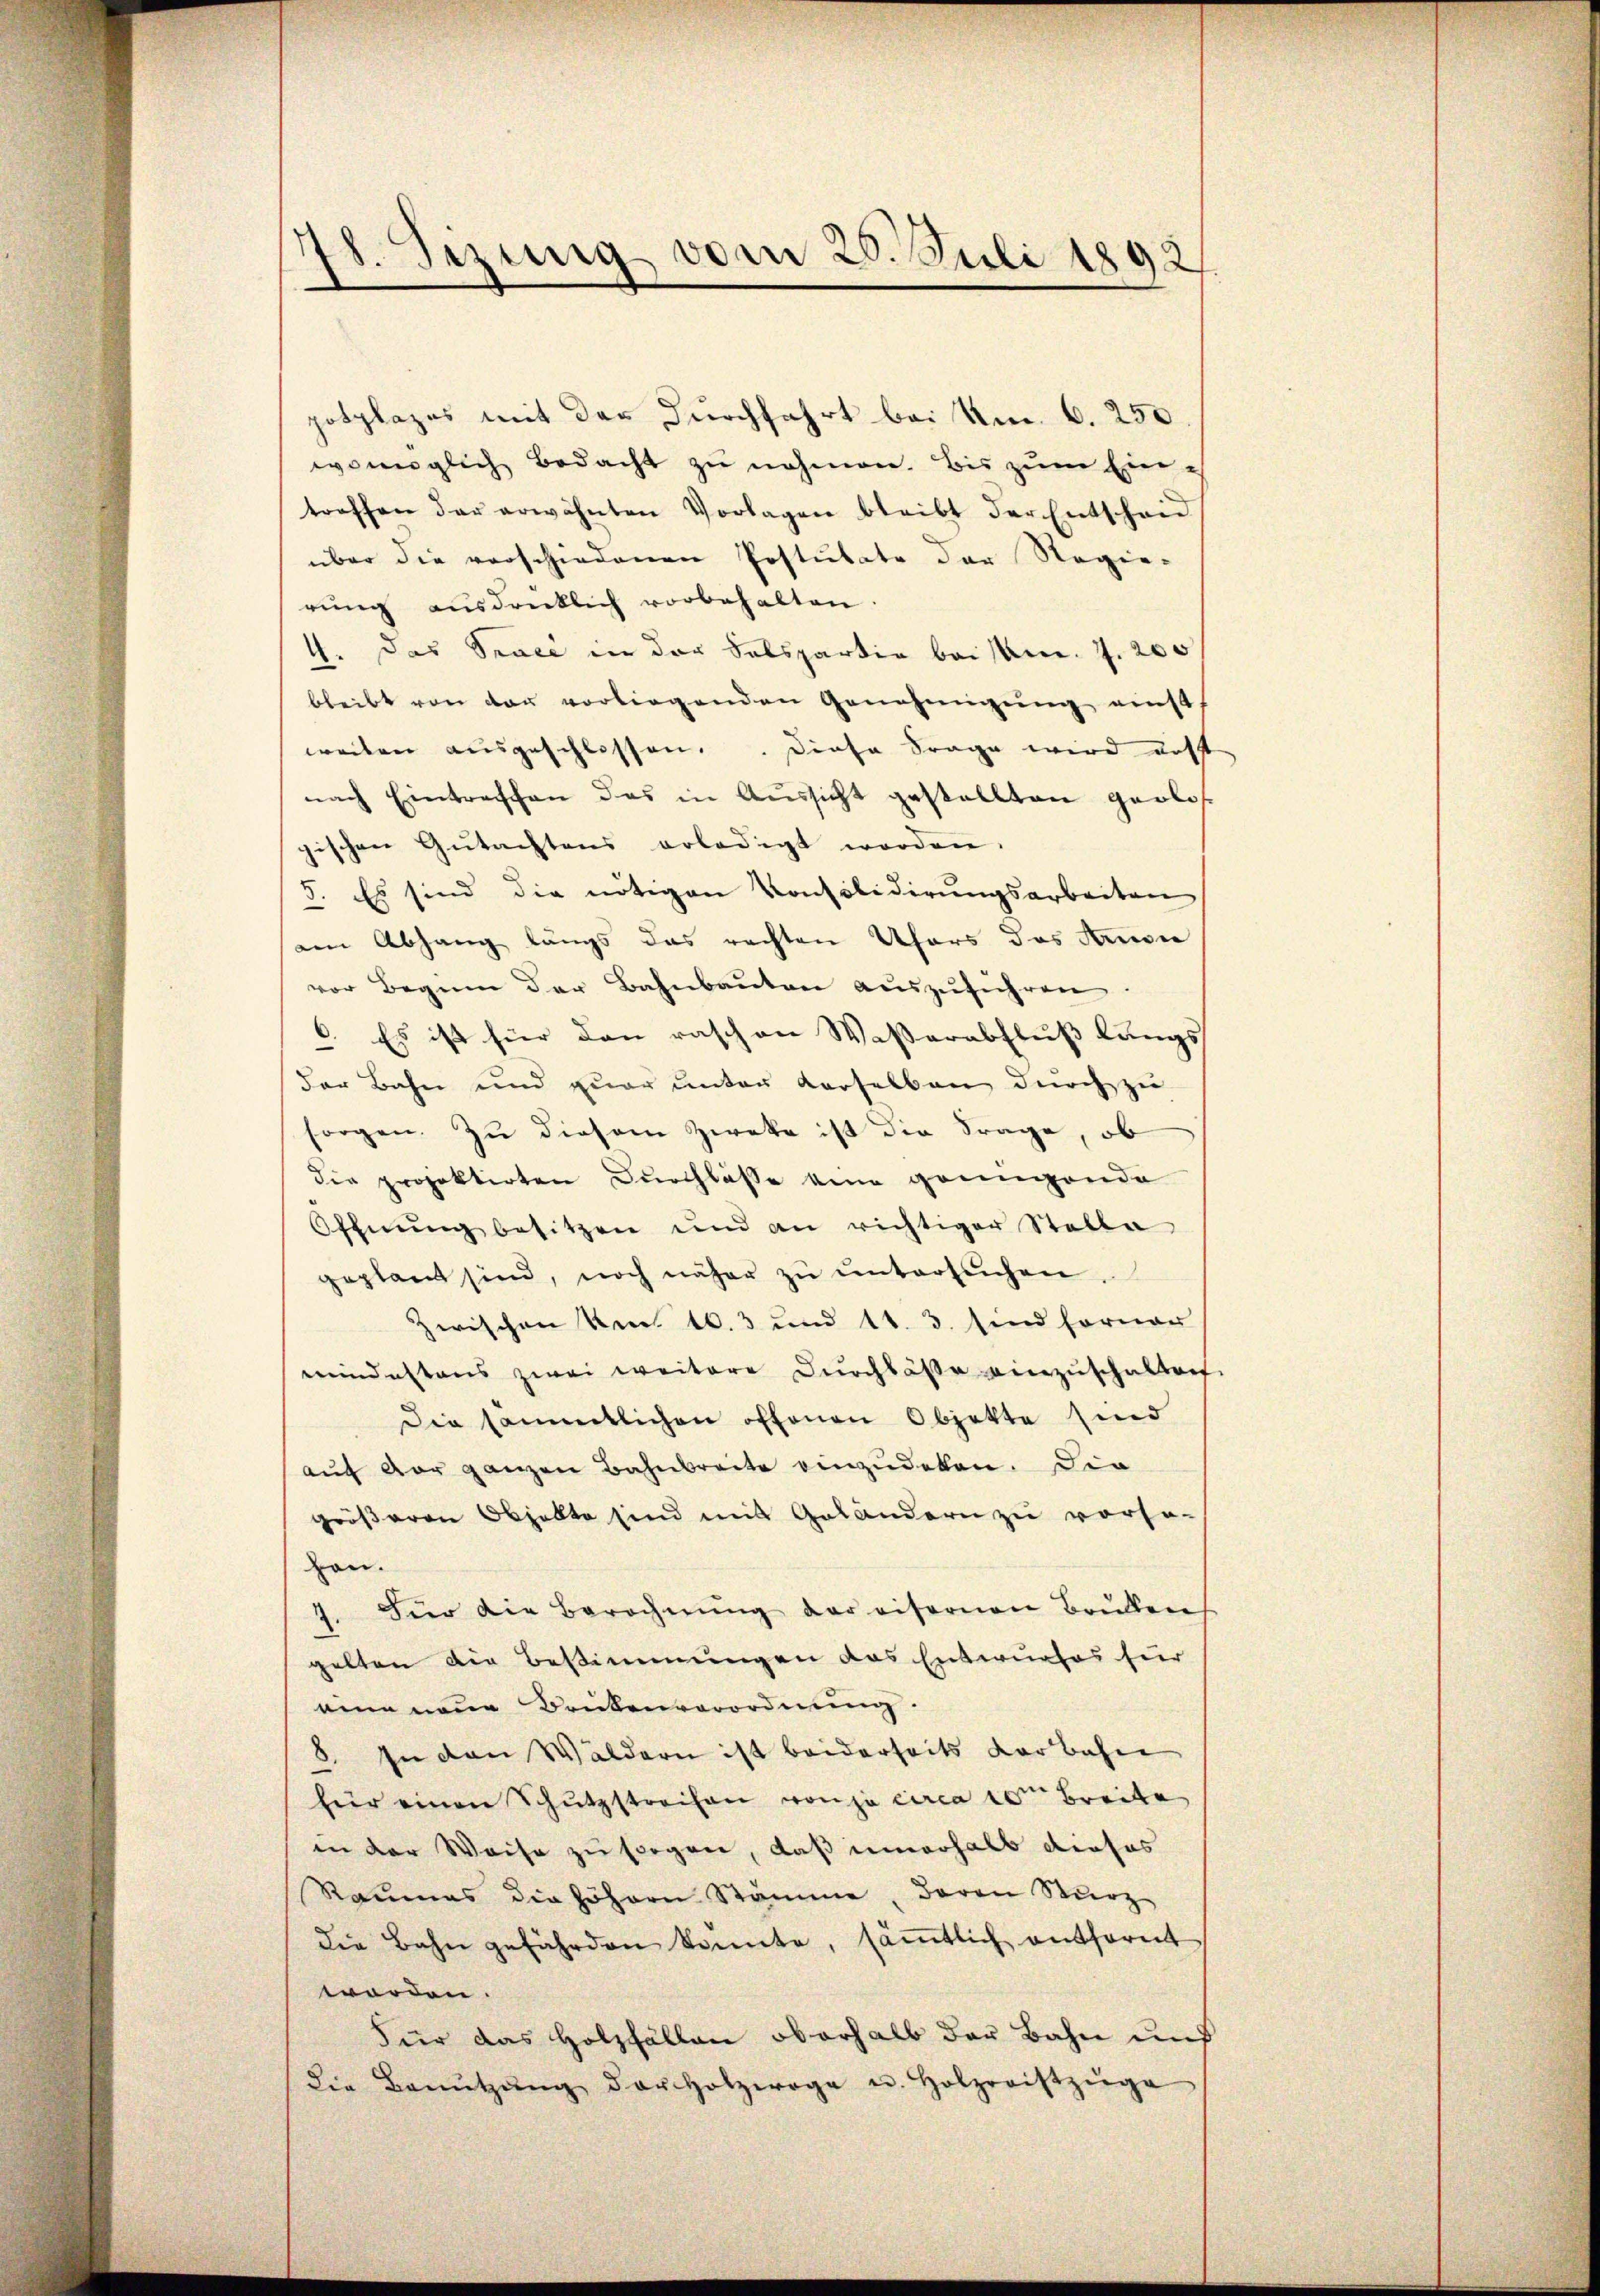
78. Sizung vom 20. Juli 1892

potplazes mit der Durchfahrt bei Um 6. 250
womöglich bedacht zu nehmen. Bis zum Eintroffen der erwähnten Vorlagen bleibt der Entscheid
über die verschiedenen Postulate der Regie-
rŭng aŭsdrücklich vorbehalten.
4. Das Trace in der Salspartia bei s. Z. 200
bleibt von der vorliegenden Genehmigŭng einst
weiten ausgeschlossen. Diese Frage wird dest
nach Eintrachen das in Aussicht gestellten geologischen Gŭtachtens erledigt worden.
5. Es sind die nötigen Konsolidierungsarbeiten
am Abhang längs das rechten Ufers das Kruse
vor Beginn der Bahnbauten auszuführen
C. Es ist hier den raschen Wasserabfluß längs
der Bahn und zŭar ŭnter derselben dŭrch zŭ
sorgen. Zu diesem Zweke ist die Frage, ob
die projektirten Durchlasse eine grungende
Öffnung besitzen und an richtiger Stelle
geplant sind, noch näher zŭ ŭntersŭchen.
Zwischen Ven. 16. 3 und 11. 3. sind ferner
mindestens zwei weitere Durchlasse einzŭschalten.
Die sämmtlichen offenen Objekte sind
aŭf der ganzen Bahnbreite einzudeken. Die
größeren Objekte sind mit Geländern zu vorso-
von.
7. Für die Berechnung der eifernen Brullen
gelten die Bestimmungen das Entwurfes für
eine neue Brükenverordnung.
8. In den Wäldern ist beiderseits derbahne
für einen Schutzstreifen von je circa 10 Breite
in der Weise zu sorgen, daß unerhalb dieses
Raumes die höhern Stämme, Baron Sturz
die Bahn gefährden könnte, sämtlich entfernt
worden.
Für das Holzfällen oberhalb der Bahn auf
die Benŭtzŭng der Holzwege u. Holzroistzŭge